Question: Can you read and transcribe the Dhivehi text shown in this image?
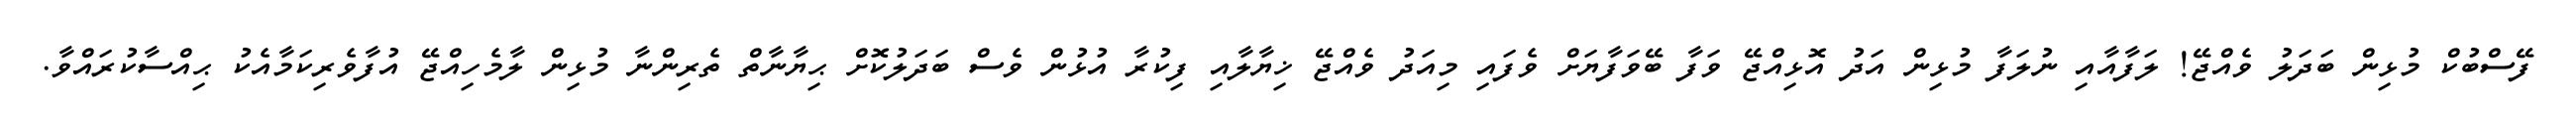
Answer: ފޭސްބުކް މުޅިން ބަދަލު ވެއްޖޭ! ލަފާއާއި ނުލަފާ މުޅިން އަދު އޮޅިއްޖޭ ވަފާ ބޭވަފާޔަށް ވެފައި މިއަދު ވެއްޖޭ ޚިޔާލާއި ފިކުރާ އުޅުން ވެސް ބަދަލުކޮށް ޙިޔާނާތް ތެރިންނާ މުޅިން ލާމެހިއްޖޭ އުފާވެރިކަމާއެކު ޙިއްސާކުރައްވާ.